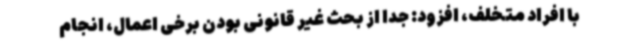
با افراد متخلف، افزود: جدا از بحث غیر قانونی بودن برخی اعمال، انجام